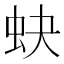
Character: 蚗